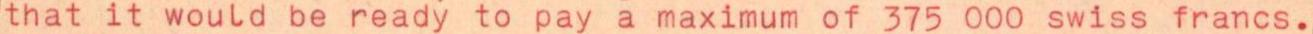
that it would be ready to pay a maximum of 375 000 swiss francs.